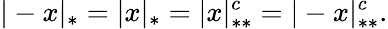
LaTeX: |-x|_{*}=|x|_{*}=|x|_{**}^{c}=|-x|_{**}^{c}.